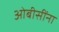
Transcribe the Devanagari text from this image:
ओबीसींना